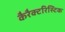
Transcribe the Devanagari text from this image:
कैरैक्टरिस्टिक